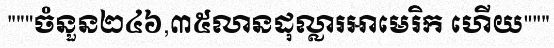
"""ចំនួន២៤៦,៣៥លានដុល្លារអាមេរិក ហើយ"""